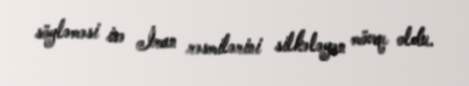
söyləməsi isə İran rəsmilərini silkələyən mövqe oldu.